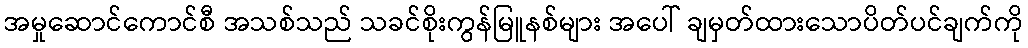
အမှုဆောင်ကောင်စီ အသစ်သည် သခင်စိုးကွန်မြူနစ်များ အပေါ် ချမှတ်ထားသောပိတ်ပင်ချက်ကို